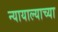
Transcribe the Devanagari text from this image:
न्यायाल्याच्या